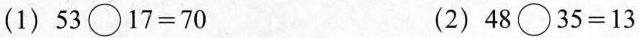
(1)$$5 3 \circ 1 7 = 7 0$$ (2)$$4 8 \circ 3 5 = 1 3$$